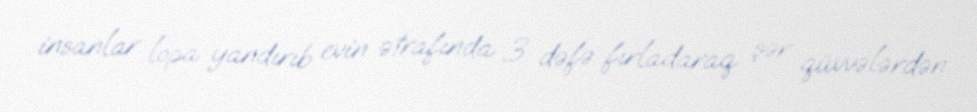
insanlar lopa yandırıb evin ətrafında 3 dəfə fırladaraq şər qüvvələrdən